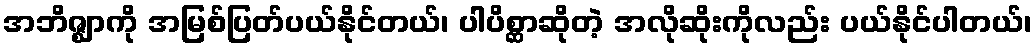
အဘိဇ္ဈာကို အမြစ်ပြတ်ပယ်နိုင်တယ်၊ ပါပိစ္ဆာဆိုတဲ့ အလိုဆိုးကိုလည်း ပယ်နိုင်ပါတယ်၊